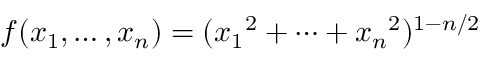
\, \! f ( x _ { 1 } , \dots , x _ { n } ) = ( { x _ { 1 } } ^ { 2 } + \cdots + { x _ { n } } ^ { 2 } ) ^ { 1 - n / 2 }